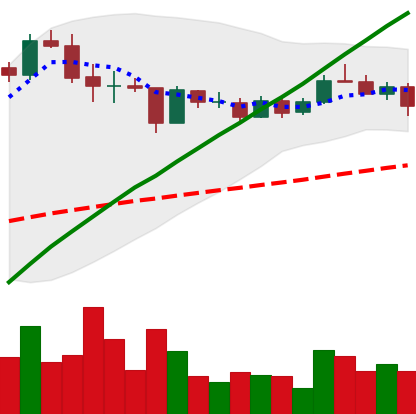
Ticker: LINK-USD
Chart end date: 2020-09-02
Forward return: -16.586%
Label: down_7plus